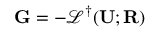
\mathbf { G } = - \mathscr { L } ^ { \dagger } ( \mathbf { U } ; \mathbf { R } )